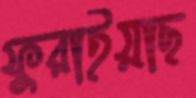
ফুরাইয়াছ